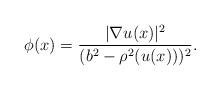
LaTeX: \begin{align*} \phi(x)=\frac{|\nabla u(x)|^2}{(b^2-\rho^2(u(x)))^2}.\end{align*}